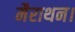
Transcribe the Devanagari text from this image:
मैराथन।